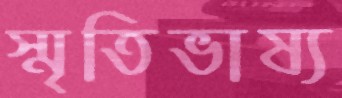
স্মৃতিভাষ্য